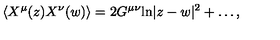
\langle X ^ { \mu } ( z ) X ^ { \nu } ( w ) \rangle = 2 G ^ { \mu \nu } \mathrm { l n } | z - w | ^ { 2 } + \dots ,